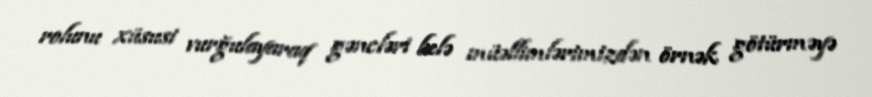
rolunu xüsusi vurğulayaraq gəncləri belə müəllimlərimizdən örnək götürməyə